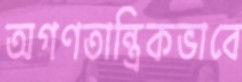
অগণতান্ত্রিকভাবে